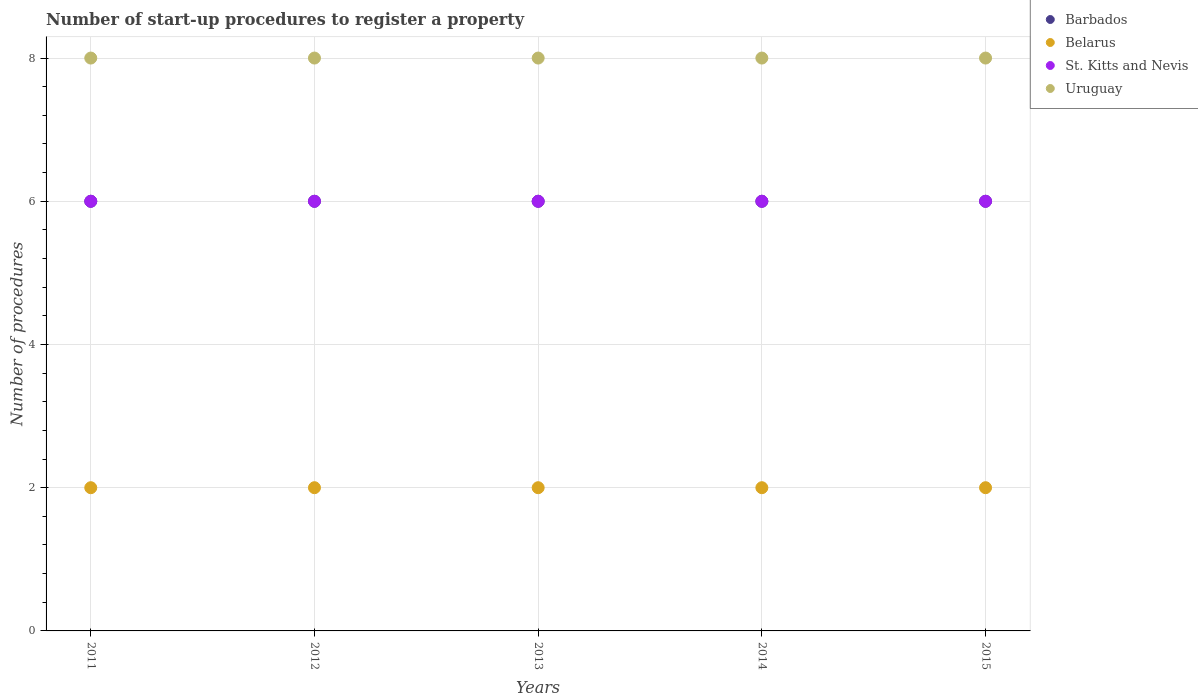
| Years | Barbados | Belarus | St. Kitts and Nevis | Uruguay |
 | --- | --- | --- | --- | --- |
 | 2011 | 6 | 2 | 6 | 8 |
 | 2012 | 6 | 2 | 6 | 8 |
 | 2013 | 6 | 2 | 6 | 8 |
 | 2014 | 6 | 2 | 6 | 8 |
 | 2015 | 6 | 2 | 6 | 8 |